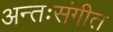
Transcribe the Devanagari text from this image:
अन्तःसंगीत